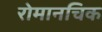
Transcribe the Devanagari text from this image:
रोमानचिक